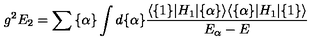
g ^ { 2 } E _ { 2 } = \sum { \{ \alpha \} } \int d \{ \alpha \} { \frac { \langle \{ 1 \} \vert H _ { 1 } \vert \{ \alpha \} \rangle \langle \{ \alpha \} \vert H _ { 1 } \vert \{ 1 \} \rangle } { E _ { \alpha } - E } }